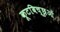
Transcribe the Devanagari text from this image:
कूटबिच्छुओं